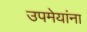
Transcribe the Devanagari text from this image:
उपमेयांना